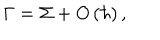
\Gamma = \Sigma + O \left( \hbar \right) ,